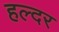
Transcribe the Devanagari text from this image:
हल्दर